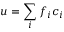
u = \sum _ { i } f _ { i } c _ { i }